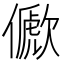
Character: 𠐀